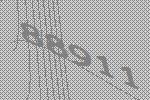
88911